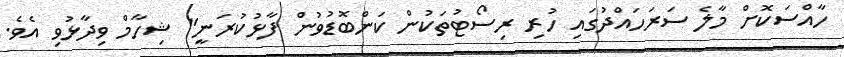
ހާއްސަކޮށް މާލެ ސަރަހައްދުގައި ހުރި ރިސޯޓުތަކުން ކަންބޮޑުވުން ފާޅުކުރަނީ" ޝިހާމް ވިދާޅުވި އެވެ.